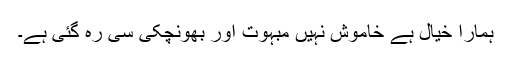
ہمارا خیال ہے خاموش نہیں مبہوت اور بھونچکی سی رہ گئی ہے۔